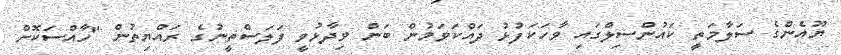
ޔޫއެންގެ ސަލާމަތީ ކައުންސިލްގައި ވާހަކަފުޅު ދައްކަވަމުން ބަން ވިދާޅުވީ ފަލަސްތީނުގެ ރައްޔިތުން "ހާއްސަކޮށް